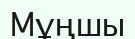
Мұңшы